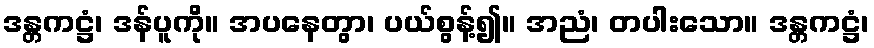
ဒန္တကဋ္ဌံ၊ ဒန်ပူကို။ အပနေတွာ၊ ပယ်စွန့်၍။ အညံ၊ တပါးသော။ ဒန္တကဋ္ဌံ၊